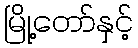
မြို့တော်နှင့်